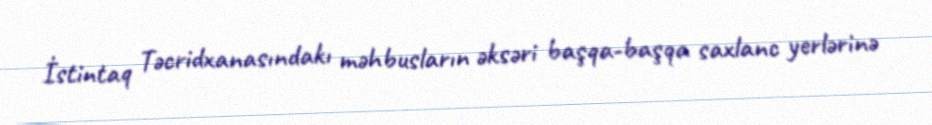
İstintaq Təcridxanasındakı məhbusların əksəri başqa-başqa saxlanc yerlərinə